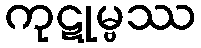
ကုဋုမ္ဗဿ